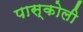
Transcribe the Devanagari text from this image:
पास्कोली